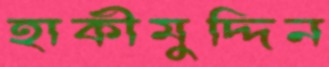
হাকীমুদ্দিন